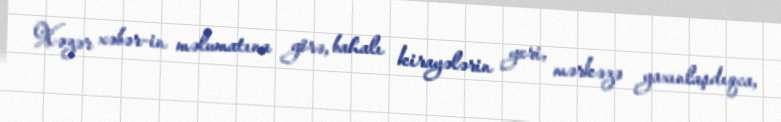
Xəzər xəbər-in məlumatına görə, bahalı kirayələrin yeri, mərkəzə yaxınlaşdıqca,